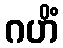
ဂဟိံ